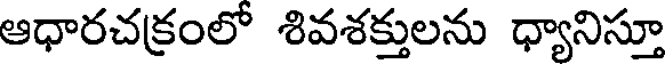
ఆధారచక్రంలో శివశక్తులను ధ్యానిస్తూ